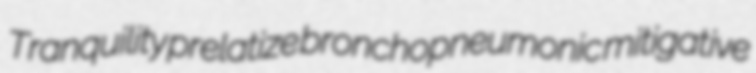
Tranquility prelatize bronchopneumonic mitigative